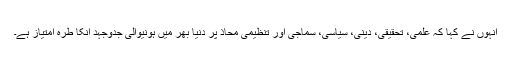
انہوں نے کہا کہ علمی، تحقیقی، دینی، سیاسی، سماجی اور تنظیمی محاذ پر دنیا بھر میں ہونیوالی جدوجہد انکا طرہ امتیاز ہے۔